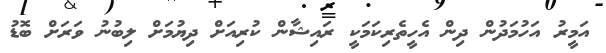
އަމީރު އަހުމަދުން ދިން އެހީތެރިކަމަކީ ރައިޝާން ކުރިއަށް ދިޔުމަށް ލިބުނު ވަރަށް ބޮޑު